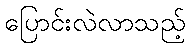
ပြောင်းလဲလာသည့်